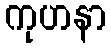
ကုဟနာ